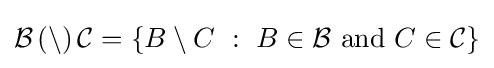
{\mathcal {B}}\,(\setminus )\,{\mathcal {C}}=\{B\setminus C~:~B\in {\mathcal {B}}{\text{ and }}C\in {\mathcal {C}}\}